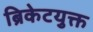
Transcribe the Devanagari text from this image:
ब्रिकेटयुक्त